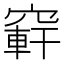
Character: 䆭